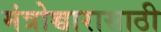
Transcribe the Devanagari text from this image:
मंत्रोच्चारासाठी